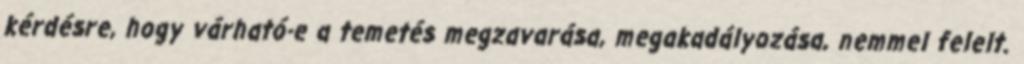
kérdésre, hogy várható-e a temetés megzavarása, megakadályozása, nemmel felelt.